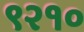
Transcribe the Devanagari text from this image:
९२१०